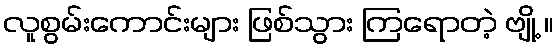
လူစွမ်းကောင်းများ ဖြစ်သွား ကြရောတဲ့ ဗျို့ ။